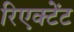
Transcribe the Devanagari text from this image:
रिएक्टेंट